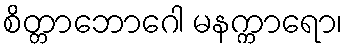
စိတ္တာဘောဂေါ မနက္ကာရော၊